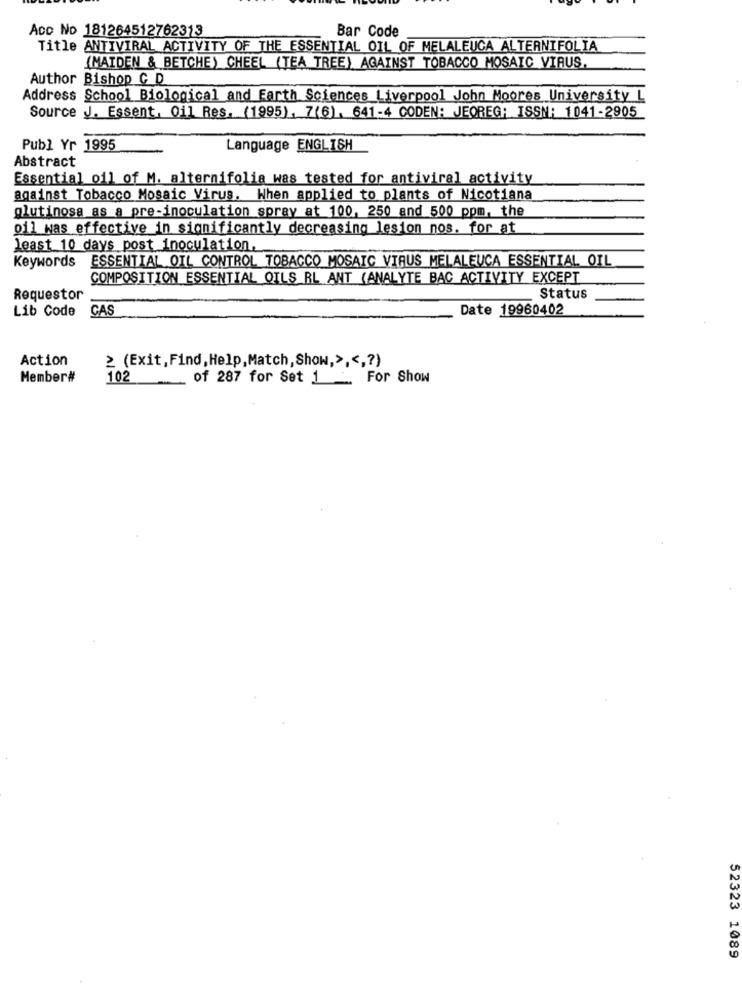
Acc No 181264512762313
Bar Code
Title ANTIVIRAL ACTIVITY OF THE ESSENTIAL OIL OF MELALEUCA ALTERNIFOLIA
(MAIDEN & BETCHE) CHEEL (TEA TREE) AGAINST TOBACCO MOSAIC VIRUS.
Author Bishop C D
Address School Biological and Earth Sciences Liverpool John Moores University L
Source J. Essent, Oil Res. (1995), 7(6), 641-4 CODEN: JEOREG: ISSN: 1041-2905
Publ Yr 1995
Language ENGLISH
Abstract
Essential oil of M. alternifolia was tested for antiviral activity
against Tobacco Mosaic Virus. When applied to plants of Nicotiana
glutinosa as a pre-inoculation spray at 100, 250 and 500 ppm, the
oil was effective in significantly decreasing lesion nos. for at
least 10 days post inoculation,
Keywords ESSENTIAL OIL CONTROL TOBACCO MOSAIC VIRUS MELALEUCA ESSENTIAL OIL
COMPOSITION ESSENTIAL OILS RL ANT (ANALYTE BAC ACTIVITY EXCEPT
Requestor
Status
Lib Code
Date 19960402
CAS
Action
≥ (Exit, Find, Help,Match,Show,> ,<,? )
Member#
102
-
of 287 for Set 1 _ For Show
52323 1089